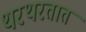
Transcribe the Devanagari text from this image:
थरथरतात